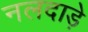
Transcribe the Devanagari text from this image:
नलदाड़े